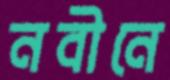
নবীনে